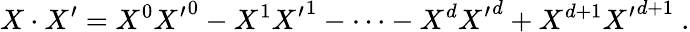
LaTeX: X\cdot X^{\prime}={X^{0}}{X^{\prime}}^{0}-{X^{1}}{X^{\prime}}^{1}-\cdots-{X^{d}}{X^{\prime}}^{d}+X^{d+1}{X^{\prime}}^{d+1}\ .